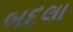
બદલા